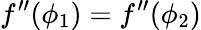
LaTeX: f^{\prime\prime}(\phi_{1})=f^{\prime\prime}(\phi_{2})